Quinine and its salts - Number 41
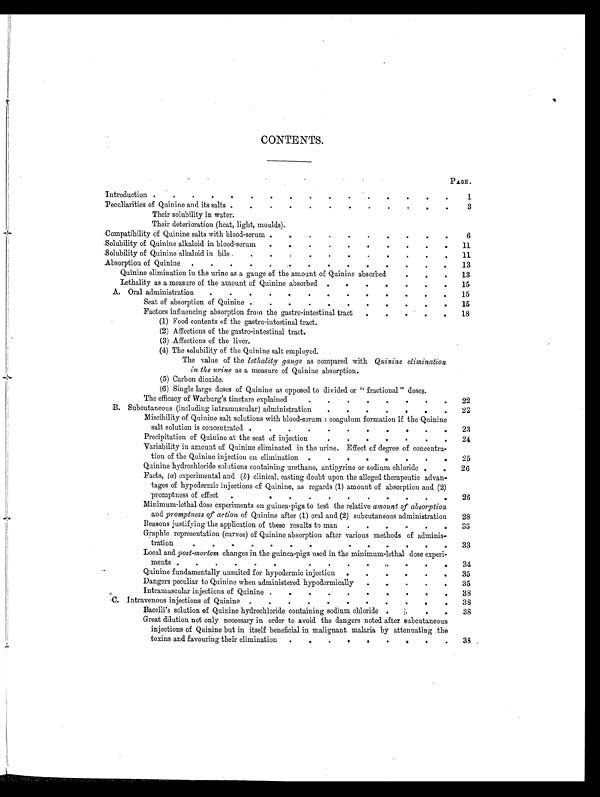
CONTENTS.
PAGE.
Introduction . .
. . . . . . . . . . .
. . .
1
Peculiarities of Quinine and its salts . .
. . . . . . . .
. .
3
Their solubility in water.
Their deterioration (heat, light, moulds).
Compatibility of Quinine salts with blood-serum.
. . . . . .
. . .
6
.Solubility of Quinine alkaloid in blood-serum . . .
. . . .
. . . 11
Solubility of Quinine alkaloid in bile. . .
. . . . . . . . 11
Absorption of Quinine . . . . . .
. . . . . . . 13
Quinine elimination in the urine as a gauge of the amount of Quinine absorbed
. . . . . .
. . .
. .
. 13
Lethality as a measure of the amount of Quinine absorbed . . . .
. .
. 15
A. Oral administration . . . . . . . . . . .
. . . 15
Seat of absorption of Quinine . . . . .
. . .
. . . 15
Factors influencing absorption from the gastro-intestinal tract
. .
.
. . .
. . . 18
(1)
F o o d c o n t e n t s o f t h e g a s t r o - i n t e s t i n a l t r a c t .
(2)Affections of the gastro-intestinal tract.
(3)Affections of the liver.
(4)The solubility of the Quinine salt employed.
The value of the lethality gauge as compared with Quinine elimination
in the urine as a measure of Quinine absorption.
(5)Carbon dioxide.
(6)Single large doses of Quinine as opposed to divided or " fractional " doses.
The efficacy of Warburg's tincture explained
. . .
22
B. Subcutaneous (including intramuscular) administration
. .
. 22
Miscibility of Quinine salt solutions with blood-serum : coagulum formation if the Quinine
salt solution is concentrated .
. .
.
.
23
Precipitation of Quinine at the seat of injection
.
. .
24
Variability in amount of Quinine eliminated in the urine. Effect of degree of concentra
tion of the Quinine injection on elimination .
.
. . . 25
Quinine hydrochloride solutions containing urethane, antipyrine or sodium chloride
. .
26
Facts, (a) experimental and (b) clinical, casting doubt upon the alleged therapeutic advan
tages of hypodermic injections of Quinine, as regards (1) amount of absorption and (2)
promptness of effect .
.
. 26
Minimum-lethal dose experiments on guinea-pigs to test the relative amount of absorption
and promptness of action of Quinine after (1) oral and (2) subcutaneous administration
Reasons justifying the application of these results to man
. . . .
28
Graphic representation (curves) of Quinine absorption after various methods of adminis
tration
. .
33
Local and post-mortem changes in the guinea-pigs used in the minimum-lethal dose experi
ments .
.
,. .
. 34
Quinine fundamentally unsuited for hypodermic injection .
.
.
35
Dangers peculiar to Quinine when administered hypodermically
. .
3 5
Intramuscular injections of Quinine
. .
38
Intravenous injections of Quinine.
. . .
38
Bacelli's solution of Quinine hydrochloride containing sodium chloride
.
38
Great dilution not only necessary in order to avoid the dangers noted after subcutaneous
injections of Quinine but in itself beneficial in malignant malaria by attenuating .the
toxins and favouring their elimination . .
.
.
.
33